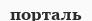
порталь